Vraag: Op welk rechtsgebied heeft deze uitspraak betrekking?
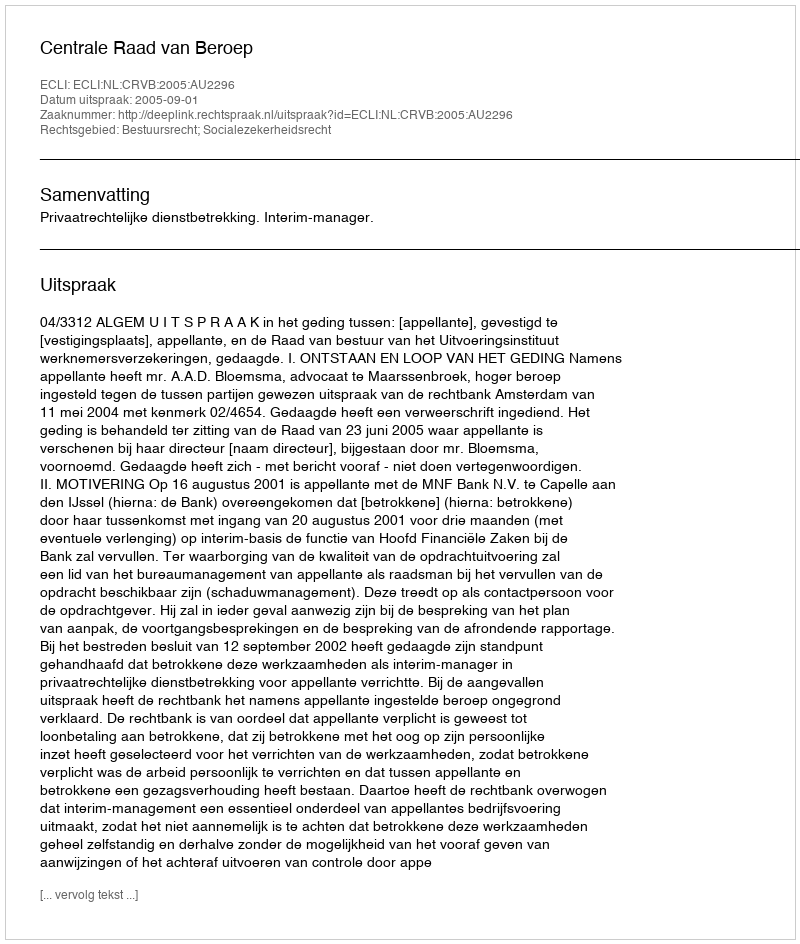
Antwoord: Bestuursrecht; Socialezekerheidsrecht